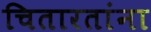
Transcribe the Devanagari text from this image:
चितारतांना